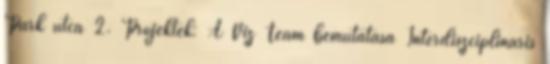
Park utca 2. Projektek: A Víz Team bemutatása Interdiszciplináris